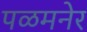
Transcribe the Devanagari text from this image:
पळमनेर